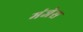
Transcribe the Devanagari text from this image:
मंजेस